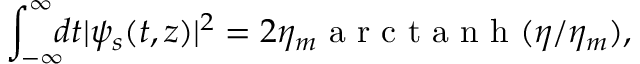
\int _ { - \infty } ^ { \infty } \! \! \! d t | \psi _ { s } ( t , z ) | ^ { 2 } = 2 \eta _ { m } \mathrm { ~ a ~ r ~ c ~ t ~ a ~ n ~ h ~ } ( \eta / \eta _ { m } ) ,